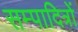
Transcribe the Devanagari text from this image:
सम्पादित्रों